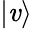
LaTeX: \vert\mathit{v}\rangle